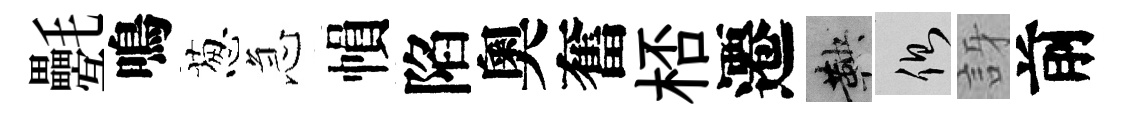
氎鳴葱急𢄙陷奧奮桮遷鞅側訝前